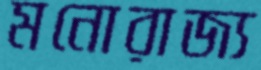
মনোরাজ্য